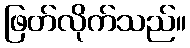
ဖြတ်လိုက်သည်။